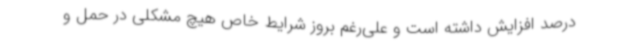
درصد افزایش داشته است و علی‌رغم بروز شرایط خاص هیچ مشکلی در حمل و